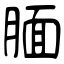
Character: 腼